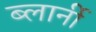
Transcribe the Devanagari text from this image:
ब्लार्नी